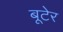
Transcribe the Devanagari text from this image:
बूटेर